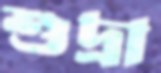
শুদ্রা